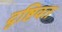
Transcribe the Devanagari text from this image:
दृष्टिवत